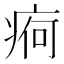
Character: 𱱖